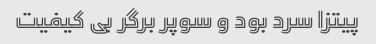
پیتزا سرد بود و سوپر برگر بی کیفیت